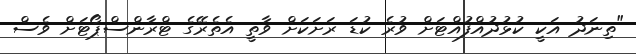
"ތިނަދު އަކީ ކުޅުދުއްފުއްޓަށް ވުރެ ކުޑަ ރަށަކަށް ވާތީ އެތެރޭގެ ޓްރާންސްޕޯޓަށް ވެސް